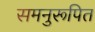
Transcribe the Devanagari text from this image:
समनुरूपित